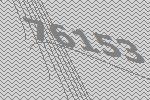
76153